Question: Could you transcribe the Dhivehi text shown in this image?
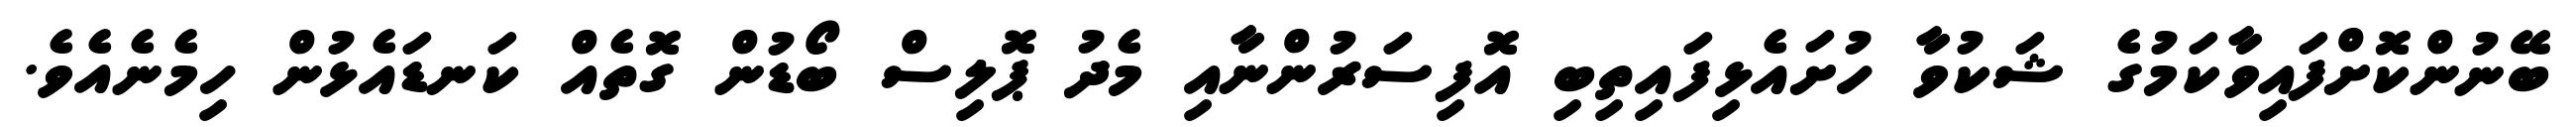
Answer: ބޭނުންކޮށްފައިވާކަމުގެ ޝަކުވާ ހުށައެޅިފައިތިބި އޮފިސަރުންނާއި މެދު ޕޮލިސް ބޯޑުން ގޮތެއް ކަނޑައެޅުން ހިމެނެއެވެ.